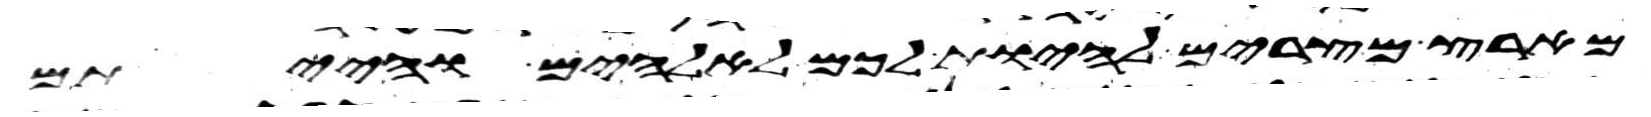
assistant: מארץ מצרים להיות לכם לאלהים והייתם